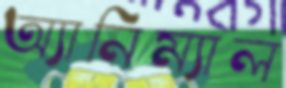
অ্যানিম্যাল